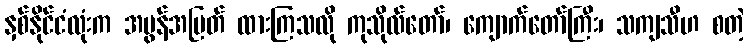
နှစ်နိုင်ငံလုံးက အမွန်အမြတ် ထားကြသလို ကုသိုလ်တော်၊ ကျောက်တော်ကြီး၊ သကျသီဟ စတဲ့